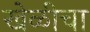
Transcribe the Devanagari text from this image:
खेळीचा